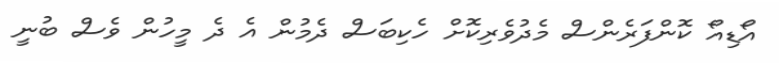
އޯޑިއޯ ކޮންފަރެންސް މެދުވެރިކޮށް ހެކިބަސް ދެމުން އެ ދެ މީހުން ވެސް ބުނީ